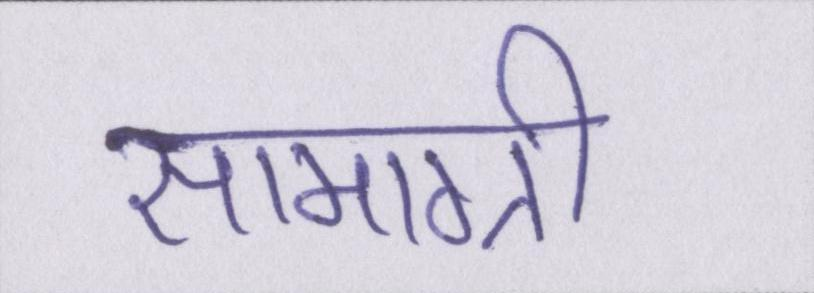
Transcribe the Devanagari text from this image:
सामाग्री